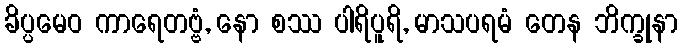
ခိပ္ပမေဝ ကာရေတဗ္ဗံ, နော စဿ ပါရိပူရိ, မာသပရမံ တေန ဘိက္ခုနာ